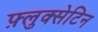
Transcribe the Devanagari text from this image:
फ़्लुक्सेटिन